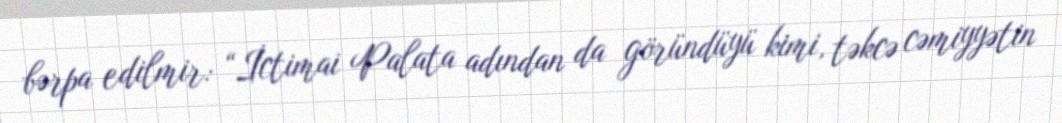
bərpa edilmir: “İctimai Palata adından da göründüyü kimi, təkcə cəmiyyətin